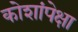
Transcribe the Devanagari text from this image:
कोशांपेक्षा